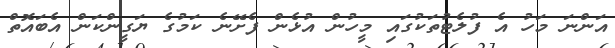
އަންނަ މަހު އެ ފުލެޓުތަކުގައި މީހުން އުޅެން ފެށޭނެ ކަމުގެ ޔަގީންކަން އެބައޮތް